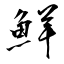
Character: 鮮